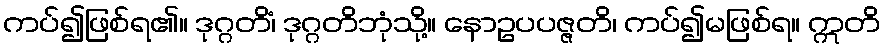
ကပ်၍ဖြစ်ရ၏။ ဒုဂ္ဂတိံ၊ ဒုဂ္ဂတိဘုံသို့။ နောဥပပဇ္ဇတိ၊ ကပ်၍မဖြစ်ရ။ ဣတိ